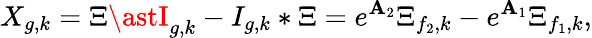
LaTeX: X_{g,k}=\Xi\astI_{g,k}-I_{g,k}\ast\Xi=e^{\mathbf{A}_{2}}\Xi_{f_{2},k}-e^{\mathbf{A}_{1}}\Xi_{f_{1},k},